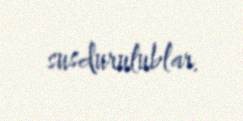
susdurulublar.